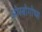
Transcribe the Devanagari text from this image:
ओस्त्रोगोथ्स